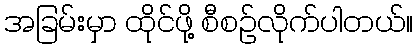
အခြမ်းမှာ ထိုင်ဖို့ စီစဉ်လိုက်ပါတယ်။